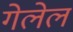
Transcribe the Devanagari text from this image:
गेलेलं